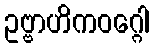
ဥဗ္ဗာဟိကဝဂ္ဂေါ